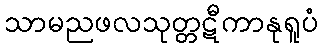
သာမညဖလသုတ္တဋီကာနုရူပံ